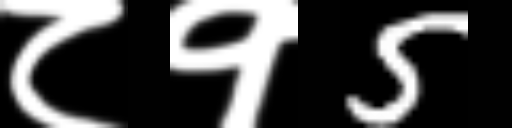
Text: ८१5